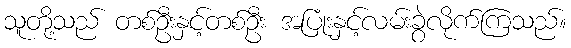
သူတို့သည် တစ်ဦးနှင့်တစ်ဦး အပြုံးနှင့်လမ်းခွဲလိုက်ကြသည်။